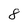
Character: 8